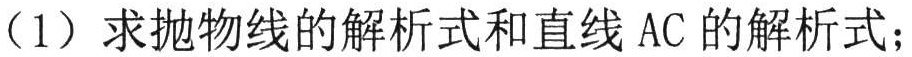
（1）求抛物线的解析式和直线 \(AC\) 的解析式；